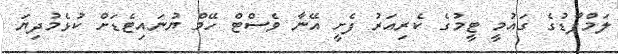
ލަމްޕާޑުގެ ގައުމީ ޓީމުގެ ކެރިއަރު ފެށީ އޭނާ ވެސްޓް ހޭމް ޔުނައިޓެޑަށް ކުޅެމުދިޔަ